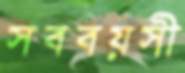
সববয়সী